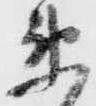
衛